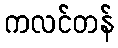
ကလင်တန်